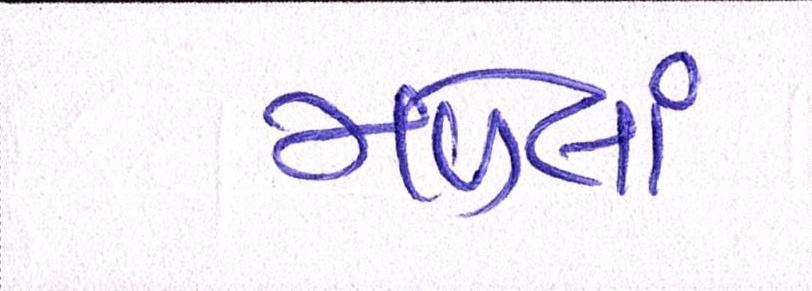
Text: મળેલાં